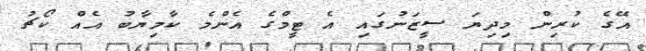
އޭގެ ކުރިން މިދިޔަ ސީޒަނުގައި އެ ޓީމްގެ އެންމެ ކާމިޔާބު އެއް ކޯޗު